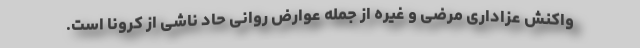
واکنش عزاداری مرضی و غیره از جمله عوارض روانی حاد ناشی از کرونا است.